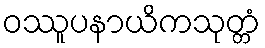
ဝဿူပနာယိကသုတ္တံ